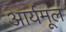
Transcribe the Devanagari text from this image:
आर्यमूल